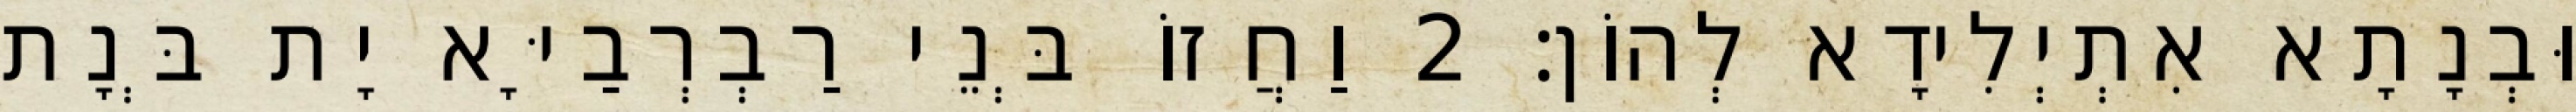
וּבְנָתָא אִתְיְלִידָא לְהוֹן׃ 2 וַחֲזוֹ בְּנֵי רַבְרְבַיָּא יָת בְּנָת